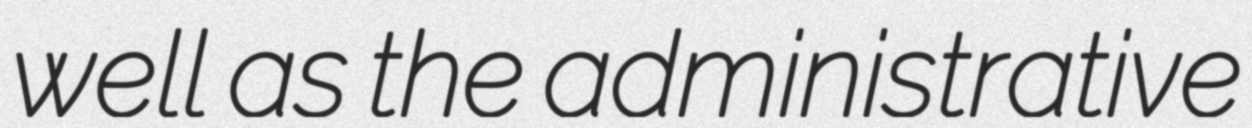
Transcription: well as the administrative